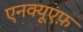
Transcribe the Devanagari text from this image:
एनक्यूएफ़